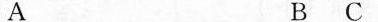
A B C